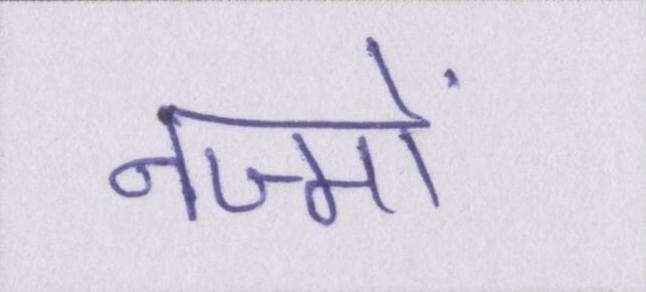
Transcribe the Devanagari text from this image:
नज्मों